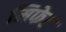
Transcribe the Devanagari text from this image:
मिफेट